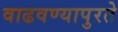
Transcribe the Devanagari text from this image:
वाढवण्यापुरते